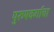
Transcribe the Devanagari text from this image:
पुरुषवर्गाचा